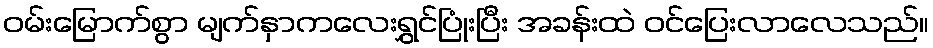
ဝမ်းမြောက်စွာ မျက်နှာကလေးရွှင်ပြုံးပြီး အခန်းထဲ ဝင်ပြေးလာလေသည်။